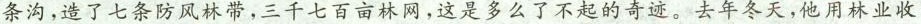
条沟，造了七条防风林带，三千七百亩林网，这是多么了不起的奇迹。去年冬天，他用林业收